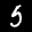
Label: 5